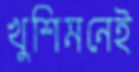
খুশিমনেই